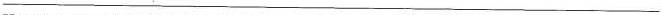
___